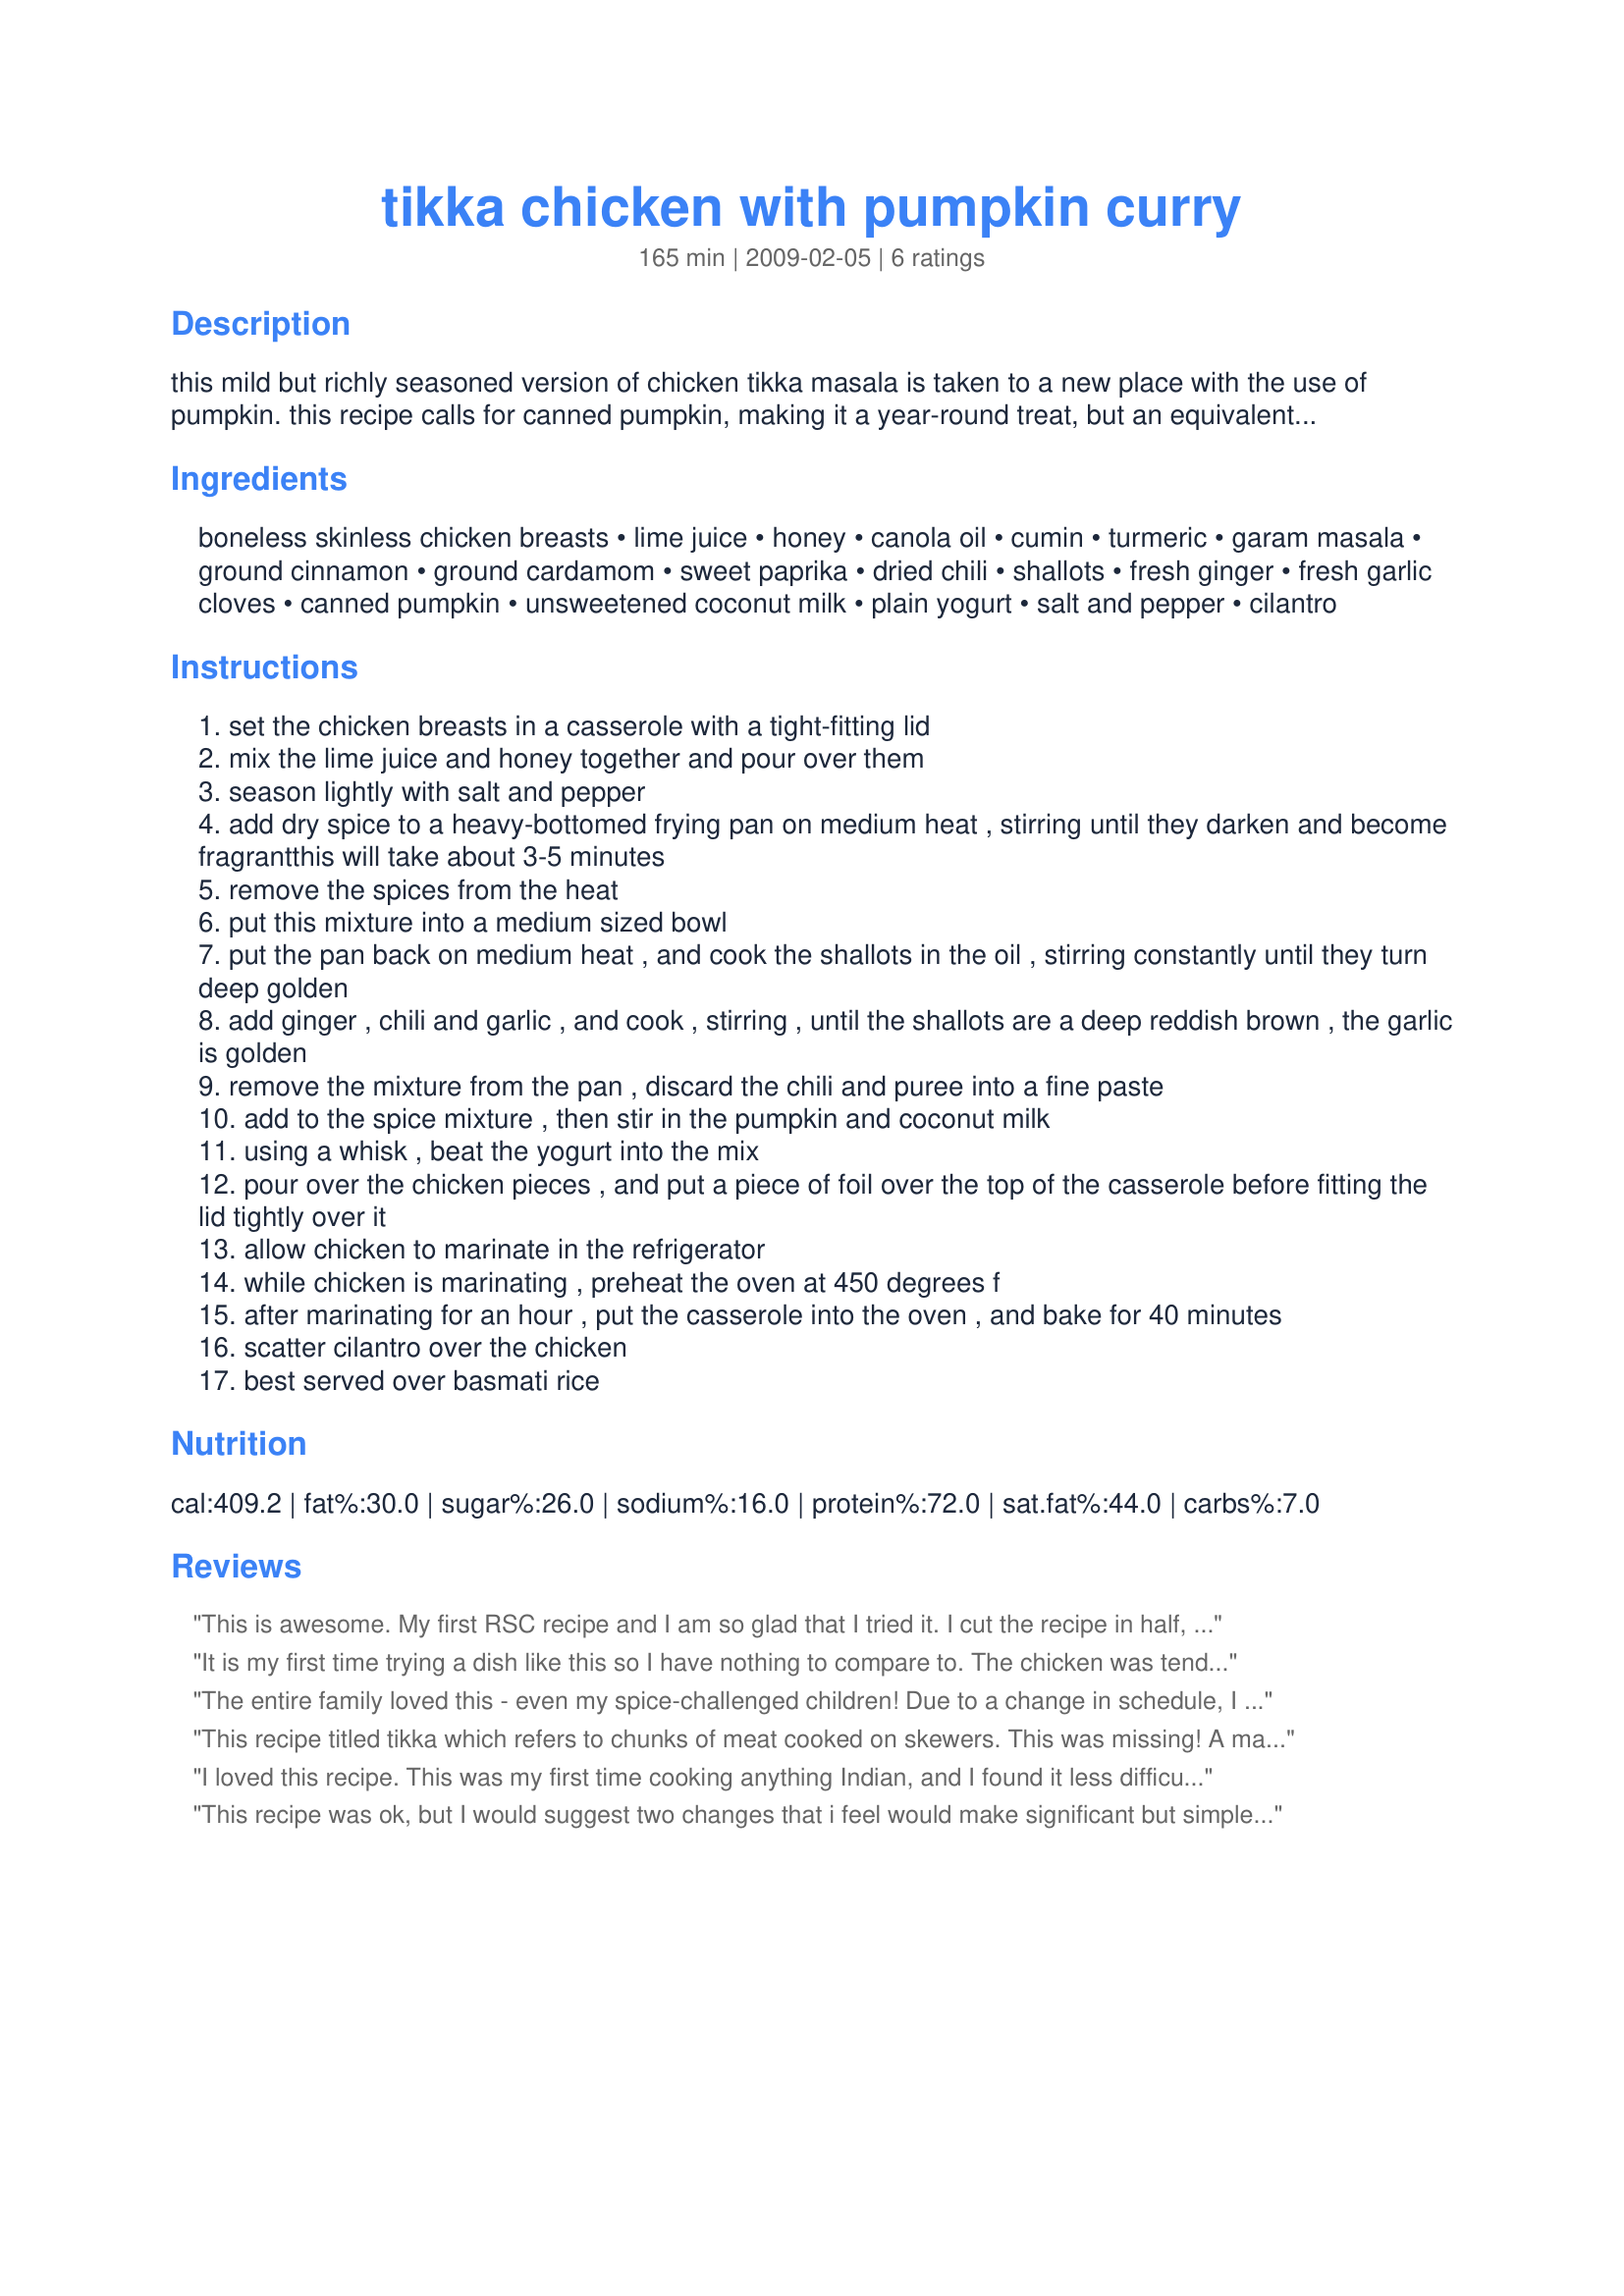
tikka chicken with pumpkin curry
Preparation time: 165 minutes

this mild but richly seasoned version of chicken tikka masala is taken to a new place with the use of pumpkin. this recipe calls for canned pumpkin, making it a year-round treat, but an equivalent amount of butternut squash or fresh pumpkin in season makes it a lovely autumn dish as well. if you like a hotter sauce, add more chilis to the saute, but the flavor of the sauce is quite complex. you can also mix in some frozen peas or diced cooked potatoes when the casserole is removed from the oven for variety.

Ingredients:
boneless skinless chicken breasts, lime juice, honey, canola oil, cumin, turmeric, garam masala, ground cinnamon, ground cardamom, sweet paprika, dried chili, shallots, fresh ginger, fresh garlic cloves, canned pumpkin, unsweetened coconut milk, plain yogurt, salt and pepper, cilantro

Steps:
set the chicken breasts in a casserole with a tight-fitting lid
mix the lime juice and honey together and pour over them
season lightly with salt and pepper
add dry spice to a heavy-bottomed frying pan on medium heat , stirring until they darken and become fragrantthis will take about 3-5 minutes
remove the spices from the heat
put this mixture into a medium sized bowl
put the pan back on medium heat , and cook the shallots in the oil , stirring constantly until they turn deep golden
add ginger , chili and garlic , and cook , stirring , until the shallots are a deep reddish brown , the garlic is golden
remove the mixture from the pan , discard the chili and puree into a fine paste
add to the spice mixture , then stir in the pumpkin and coconut milk
using a whisk , beat the yogurt into the mix
pour over the chicken pieces , and put a piece of foil over the top of the casserole before fitting the lid tightly over it
allow chicken to marinate in the refrigerator
while chicken is marinating , preheat the oven at 450 degrees f
after marinating for an hour , put the casserole into the oven , and bake for 40 minutes
scatter cilantro over the chicken
best served over basmati rice

Reviews:
This is awesome. My first RSC recipe and I am so glad that I tried it. I cut the recipe in half, served it over steamed brown rice with a side of steamed carrots. This was cooked at 425 degrees and was done in about 35 minutes. Good luck in RSC #13.
It is my first time trying a dish like this so I have nothing to compare to. The chicken was tender, the instructions are well written and easy to follow. This is full of complex flavors, but I'm not sure would try it again. I liked the savory elements, but the pumpkin was strange for me personaly. I think replacing it with butternut squash would be more to my liking. This is entirely a matter of what I prefer & has nothing to do with the quality of the recipe. All said, I am very glad I tried the dish and expanded my taste buds. This is one of the aspects I value most from the RSC contests. Thank you for a creative entry and good luck in the contest!
The entire family loved this - even my spice-challenged children! Due to a change in schedule, I wasn't able to make the chicken up ahead to the marinate point and had to do everything at one go. The chicken did get to marinate for 20 minutes (at room temp) while I pre-heated the oven. The cooking time was perfect - my cubes were done to perfection in the 40 minutes. While more labour-intensive than most RSC entries, this is one that really gratifies in honest-to-goodness flavour. Instructions were easy to follow and I wouldn't change a thing! I would like to say that this was not the most appetizing-looking of sauces but, one taste, and you're in curry heaven. Congratulations chef - this is the winner for me right here.
This recipe titled tikka which refers to chunks of meat cooked on skewers. This was missing! A major step of tikka the meat skewered and grilled would improve this recipe.
 The spices were lost in all the sauce, I suggest coating the chicken with the spice mixture then marinated for 1 hour then apply the cream mixture then grilled. This would bring the dish to a whole another level! Improving it immensely. I used onion in place of the shallots the only change I made. This make lots of sauce the you can double the chicken. Do let the sauce cool before adding to chicken. Placing the chicken breast in a 450 oven for 40 minutes in way to long. A hot oven if skewered and cooked till browned which wouldn`t take 40 minutes. I do love the concept and really wanted this to work. But sure can be made great with a couple changes. Does need charring be it grilling or broiling, which this missed. 
I do appreciate your efforts in working pumpkin into the recipe. But should have been skewered and grilled. Thanks again.
I loved this recipe. This was my first time cooking anything Indian, and I found it less difficult than I had imagined. This all started with a can of pumpkin that I wanted to use, but what a nice surprise. I am vegetarian, so I substituted some 'mock' chicken, and it worked very well. My two picky kids also enjoyed it!
This recipe was ok, but I would suggest two changes that i feel would make significant but simple improvements.
1. I do not feel that the technique used with the dried chili really contributed any heat or taste to the recipe; I think it would be more successful if incorporated differently.
2. The sauce needs salt! I notice that no salt is incorporated into the sauce; only on the chicken. I feel that the addition of an appropriate amount of salt, maybe 1 - 2 tsp, would have helped to bring out the complex flavors in the sauce.

Lastly I did find that I needed to cook this recipe for longer than suggested in order to get my chicken cooked through.
